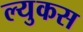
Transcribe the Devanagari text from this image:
ल्युकस